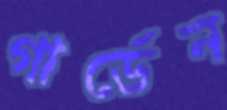
গার্ডেন